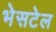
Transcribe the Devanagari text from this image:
भेसटेल